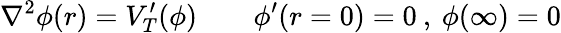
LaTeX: \nabla^{2}\phi(r)=V_{T}^{\prime}(\phi)\qquad\phi^{\prime}(r=0)=0\: ,\: \phi(\infty)=0